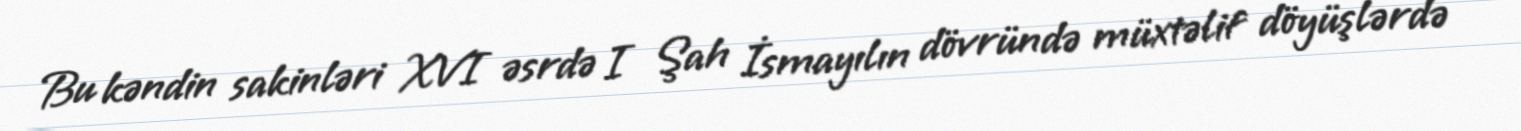
Bu kəndin sakinləri XVI əsrdə I Şah İsmayılın dövründə müxtəlif döyüşlərdə